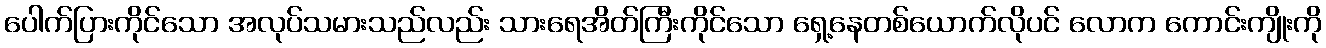
ပေါက်ပြားကိုင်သော အလုပ်သမားသည်လည်း သားရေအိတ်ကြီးကိုင်သော ရှေ့နေတစ်ယောက်လိုပင် လောက ကောင်းကျိုးကို